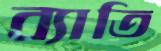
ব্যাতি